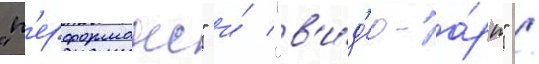
"п'ерформанс" и́ "в'и́д'ео-а́рт" /